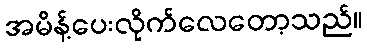
အမိန့်ပေးလိုက်လေတော့သည်။